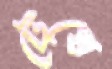
টেখে